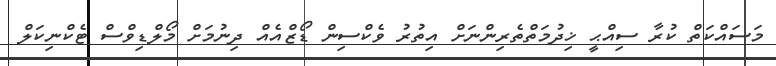
މަސައްކަތް ކުރާ ސިއްޙީ ޚިދުމަތްތެރިންނަށް އިތުރު ވެކްސިން ޑޯޒްއެއް ދިނުމަށް މޯލްޑިވްސް ޓެކްނިކަލް